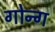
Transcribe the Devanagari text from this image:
गोन्ग